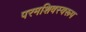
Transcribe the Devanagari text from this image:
परमशिवस्वरूप